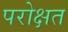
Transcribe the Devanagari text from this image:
परोक्षत